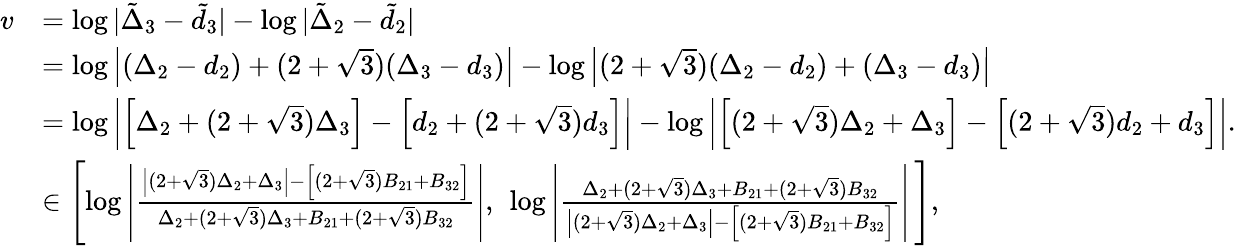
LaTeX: \begin{array}{rl}{v}&{=\log|\tilde{\Delta}_{3}-\tilde{d}_{3}|-\log|\tilde{\Delta}_{2}-\tilde{d}_{2}|}\\ &{=\log\left|(\Delta_{2}-d_{2})+(2+\sqrt{3})(\Delta_{3}-d_{3})\right|-\log\left|(2+\sqrt{3})(\Delta_{2}-d_{2})+(\Delta_{3}-d_{3})\right|}\\ &{=\log\left|\left[\Delta_{2}+(2+\sqrt{3})\Delta_{3}\right]-\left[d_{2}+(2+\sqrt{3})d_{3}\right]\right|-\log\left|\left[(2+\sqrt{3})\Delta_{2}+\Delta_{3}\right]-\left[(2+\sqrt{3})d_{2}+d_{3}\right]\right|.}\\ &{\in\left[\log\left|\frac{\left|(2+\sqrt{3})\Delta_{2}+\Delta_{3}\right|-\left[(2+\sqrt{3})B_{21}+B_{32}\right]}{\Delta_{2}+(2+\sqrt{3})\Delta_{3}+B_{21}+(2+\sqrt{3})B_{32}}\right|,\ \log\left|\frac{\Delta_{2}+(2+\sqrt{3})\Delta_{3}+B_{21}+(2+\sqrt{3})B_{32}}{\left|(2+\sqrt{3})\Delta_{2}+\Delta_{3}\right|-\left[(2+\sqrt{3})B_{21}+B_{32}\right]}\right|\, \right],}\end{array}